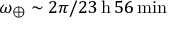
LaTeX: \omega _ { \oplus } \sim 2 \pi / 2 3 \, { \mathrm { h } } \, 5 6 \, { \mathrm { m i n } }